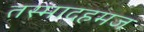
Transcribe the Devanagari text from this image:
तस्मादहमज